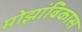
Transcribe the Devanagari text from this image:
मोझांबिकास